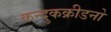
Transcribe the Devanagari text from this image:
कन्दुकक्रीडनो